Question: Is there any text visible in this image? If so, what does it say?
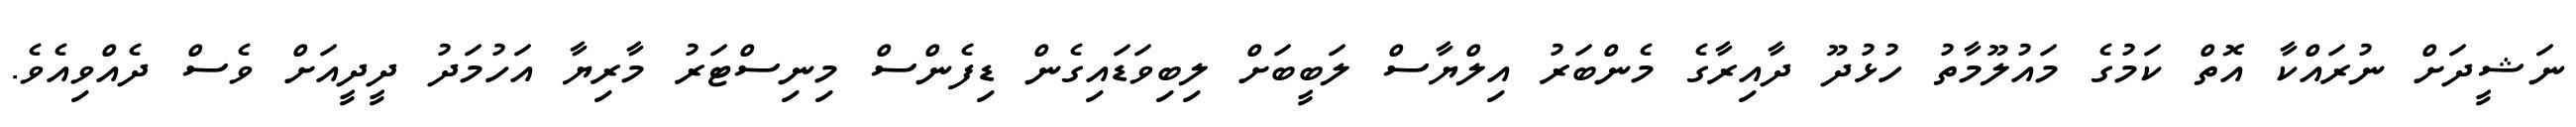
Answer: ނަޝީދަށް ނުރައްކާ އޮތް ކަމުގެ މައުލޫމާތު ހުޅުދޫ ދާއިރާގެ މެންބަރު އިލްޔާސް ލަބީބަށް ލިބިވަޑައިގެން ޑިފެންސް މިނިސްޓަރު މާރިޔާ އަހުމަދު ދީދީއަށް ވެސް ދެއްވިއެވެ.